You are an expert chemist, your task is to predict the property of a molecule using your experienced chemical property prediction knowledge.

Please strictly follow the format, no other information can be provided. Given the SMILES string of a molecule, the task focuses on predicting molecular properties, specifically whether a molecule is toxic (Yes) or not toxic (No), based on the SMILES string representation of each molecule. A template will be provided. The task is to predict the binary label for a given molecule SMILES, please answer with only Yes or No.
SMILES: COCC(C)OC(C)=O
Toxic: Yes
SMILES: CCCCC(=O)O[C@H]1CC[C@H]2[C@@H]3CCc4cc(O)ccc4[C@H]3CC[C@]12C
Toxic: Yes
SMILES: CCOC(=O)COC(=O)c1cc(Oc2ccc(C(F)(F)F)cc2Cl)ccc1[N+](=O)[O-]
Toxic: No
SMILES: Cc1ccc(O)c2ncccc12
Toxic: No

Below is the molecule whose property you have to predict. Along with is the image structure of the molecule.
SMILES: CCC(=O)O[C@]1(C(=O)CCl)[C@@H](C)C[C@H]2[C@@H]3CCC4=CC(=O)C=C[C@]4(C)[C@@]3(F)[C@@H](O)C[C@@]21C
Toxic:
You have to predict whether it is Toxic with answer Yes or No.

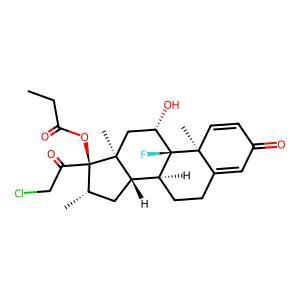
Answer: Yes